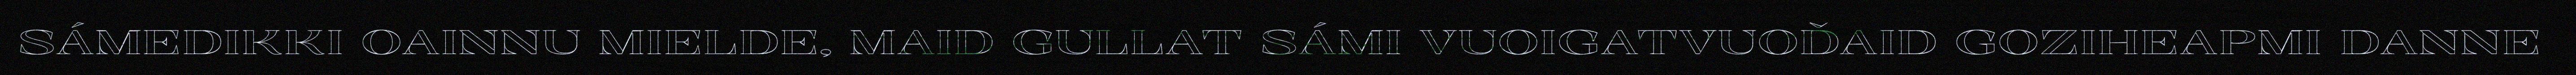
SÁMEDIKKI OAINNU MIELDE, MAID GULLAT SÁMI VUOIGATVUOĐAID GOZIHEAPMI DANNE